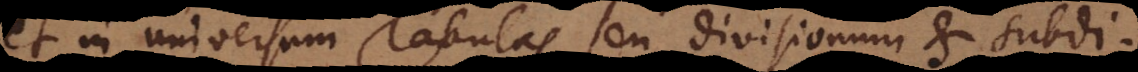
et in universum Tabulas seu divisionum et subdi